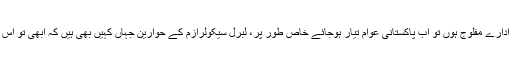
جب طرز حکمرانی ایسا ہو ، کرپشن مادر پدر آزاد ہو، ادارے مفلوج ہوں تو اب پاکستانی عوام تیار ہوجائے خاص طور پر، لبرل سیکولرازم کے حوارین جہاں کہیں بھی ہیں کہ ابھی تو اس ملک میں ان شاء اللہ سود ی بینکاری کو ختم ہونا ہے ۔